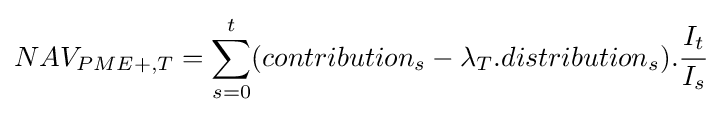
NAV_{PME+,T}=\sum _{s=0}^{t}(contribution_{s}-\lambda _{T}.distribution_{s}).{\cfrac {I_{t}}{I_{s}}}